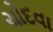
ચોદવા